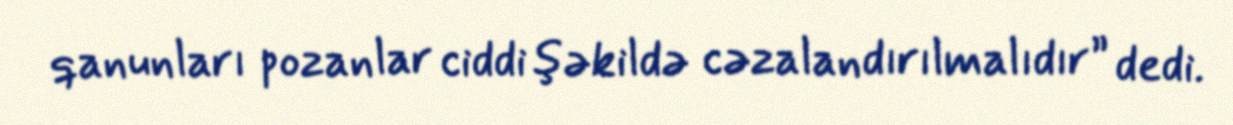
qanunları pozanlar ciddi şəkildə cəzalandırılmalıdır” dedi.